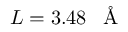
L = 3 . 4 8 \, \mathrm { ~ \normalfont ~ \AA ~ }